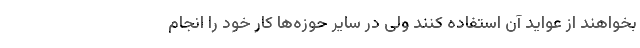
بخواهند از عواید آن استفاده کنند ولی در سایر حوزه‌ها کار خود را انجام